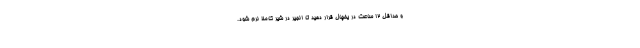
و حداقل ۱۲ ساعت در یخچال قرار دهید تا انجیر در شیر کاملا نرم شود.